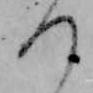
つ